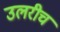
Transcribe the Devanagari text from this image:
उलरीच